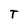
Character: T